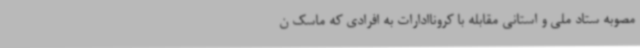
مصوبه ستاد ملی و استانی مقابله با کروناادارات به افرادی که ماسک ن